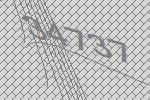
34737